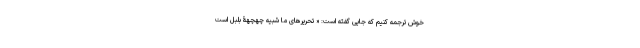
خوش ترجمه کنیم که جایی گفته است: « تحریرهای ما شبیه چهچهۀ بلبل است